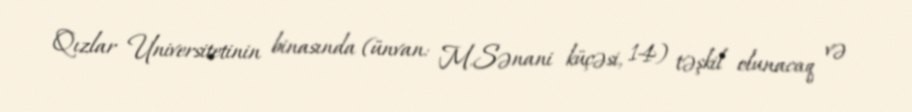
Qızlar Universitetinin binasında (ünvan: M.Sənani küçəsi, 14) təşkil olunacaq və